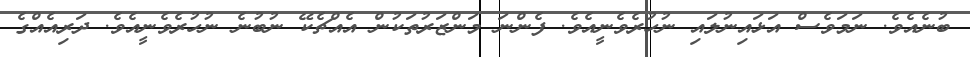
ބުނެއެވެ. ނަމަވެސް އަޅައިނުލައި ނުހުރެވެނީއެވެ. ފެންނަ މަންޒަރުތަކުން އެއްޗެކޭ ނުބުނެ ނުހުރެވެނީއެވެ. ދަރިއެއްގެ